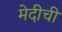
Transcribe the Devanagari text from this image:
मेदीची